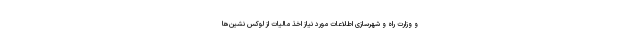
و وزارت راه و شهرسازی اطلاعات مورد نیاز اخذ مالیات از لوکس نشین‌ها